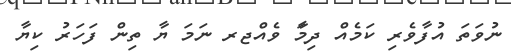
ނުވަތަ އުފާވެރި ކަަަަަަމެއް ދިމަާާ ވެއްޖރ ނަމަ ޔާ ތިން ފަހަރު ކިޔާ